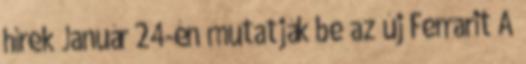
hírek Január 24-én mutatják be az új Ferrarit A